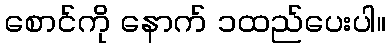
စောင်ကို နောက် ၁ထည်ပေးပါ။